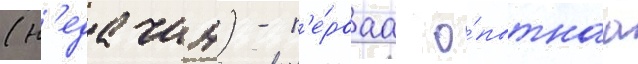
(н'едачин) - п'е́рваа о́пытнаа